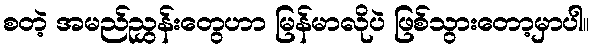
စတဲ့ အမည်ညွှန်းတွေဟာ မြန်မာလိုပဲ ဖြစ်သွားတော့မှာပါ။